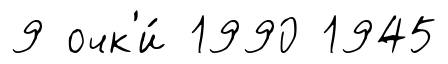
9 очк'и́ 1990 1945